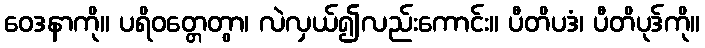
ဝေဒနာကို။ ပရိဝတ္တေတွာ၊ လဲလှယ်၍လည်းကောင်း။ ပီတိပဒံ၊ ပီတိပုဒ်ကို။